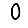
Digit: 0